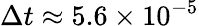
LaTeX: \Delta t\approx 5.6\times 10^{-5}